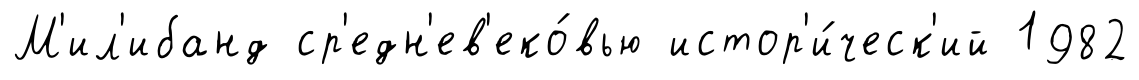
М'ил'ибанд ср'едн'ев'еко́вью истор'и́ческ'ий 1982